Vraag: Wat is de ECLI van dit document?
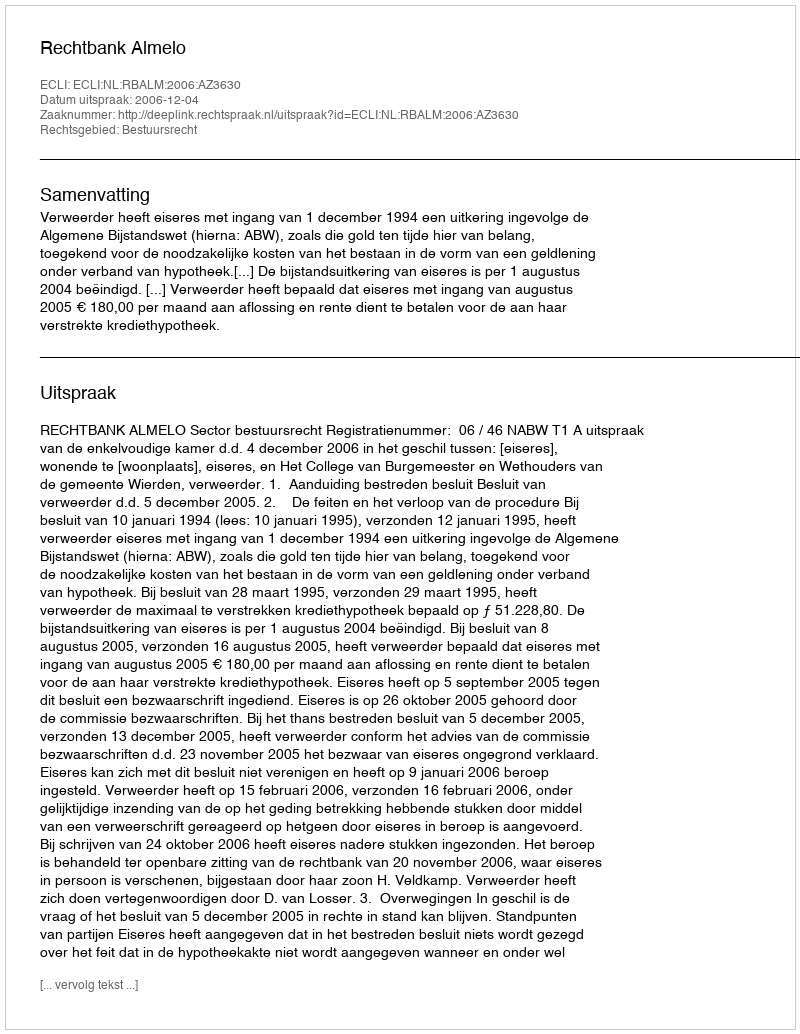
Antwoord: ECLI:NL:RBALM:2006:AZ3630